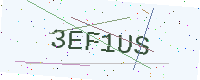
Text: 3EF1US